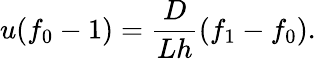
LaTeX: u(f_{0}-1)=\frac{D}{Lh}(f_{1}-f_{0}).